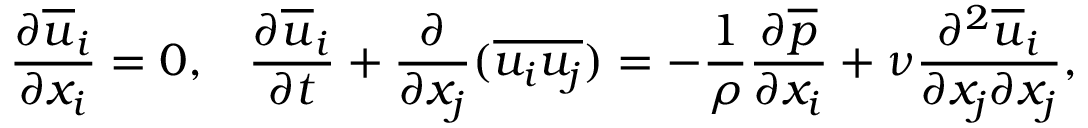
\frac { \partial \overline { { u } } _ { i } } { \partial x _ { i } } = 0 , \, ~ ~ \frac { \partial \overline { { u } } _ { i } } { \partial t } + \frac { \partial } { \partial x _ { j } } ( \overline { { u _ { i } u _ { j } } } ) = - \frac { 1 } { \rho } \frac { \partial \overline { { p } } } { \partial x _ { i } } + \nu \frac { \partial ^ { 2 } \overline { { u } } _ { i } } { \partial x _ { j } \partial x _ { j } } ,